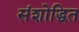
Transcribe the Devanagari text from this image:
संशोद्धित